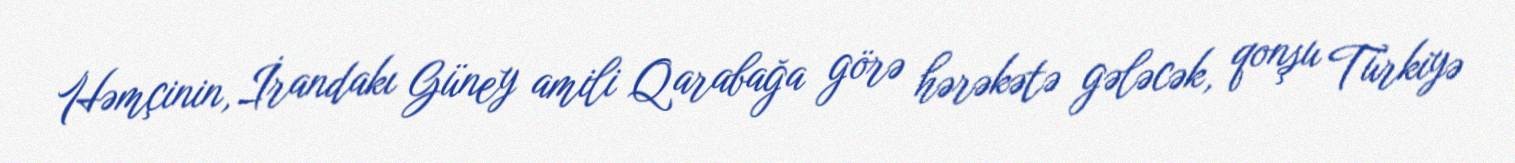
Həmçinin, İrandakı Güney amili Qarabağa görə hərəkətə gələcək, qonşu Türkiyə